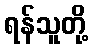
ရန်သူတို့